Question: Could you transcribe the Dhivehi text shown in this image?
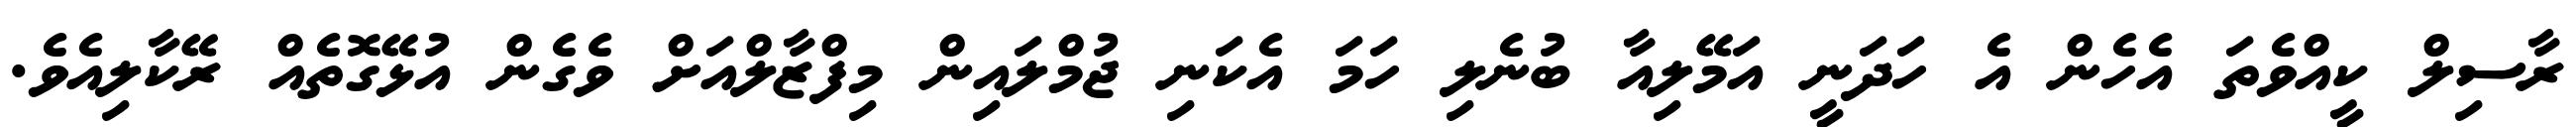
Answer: ރާސިލް ކީއްވެތަ އެހެން އެ ހަދަނީ އަމޭލިއާ ބުނެލި ހަމަ އެކަނި ޖުމްލައިން މިފްޒާލްއަށް ވެގެން އުޅޭގޮތެއް ރޭކާލިއެވެ.